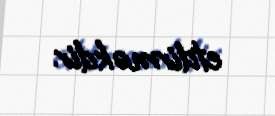
etdirməkdir.